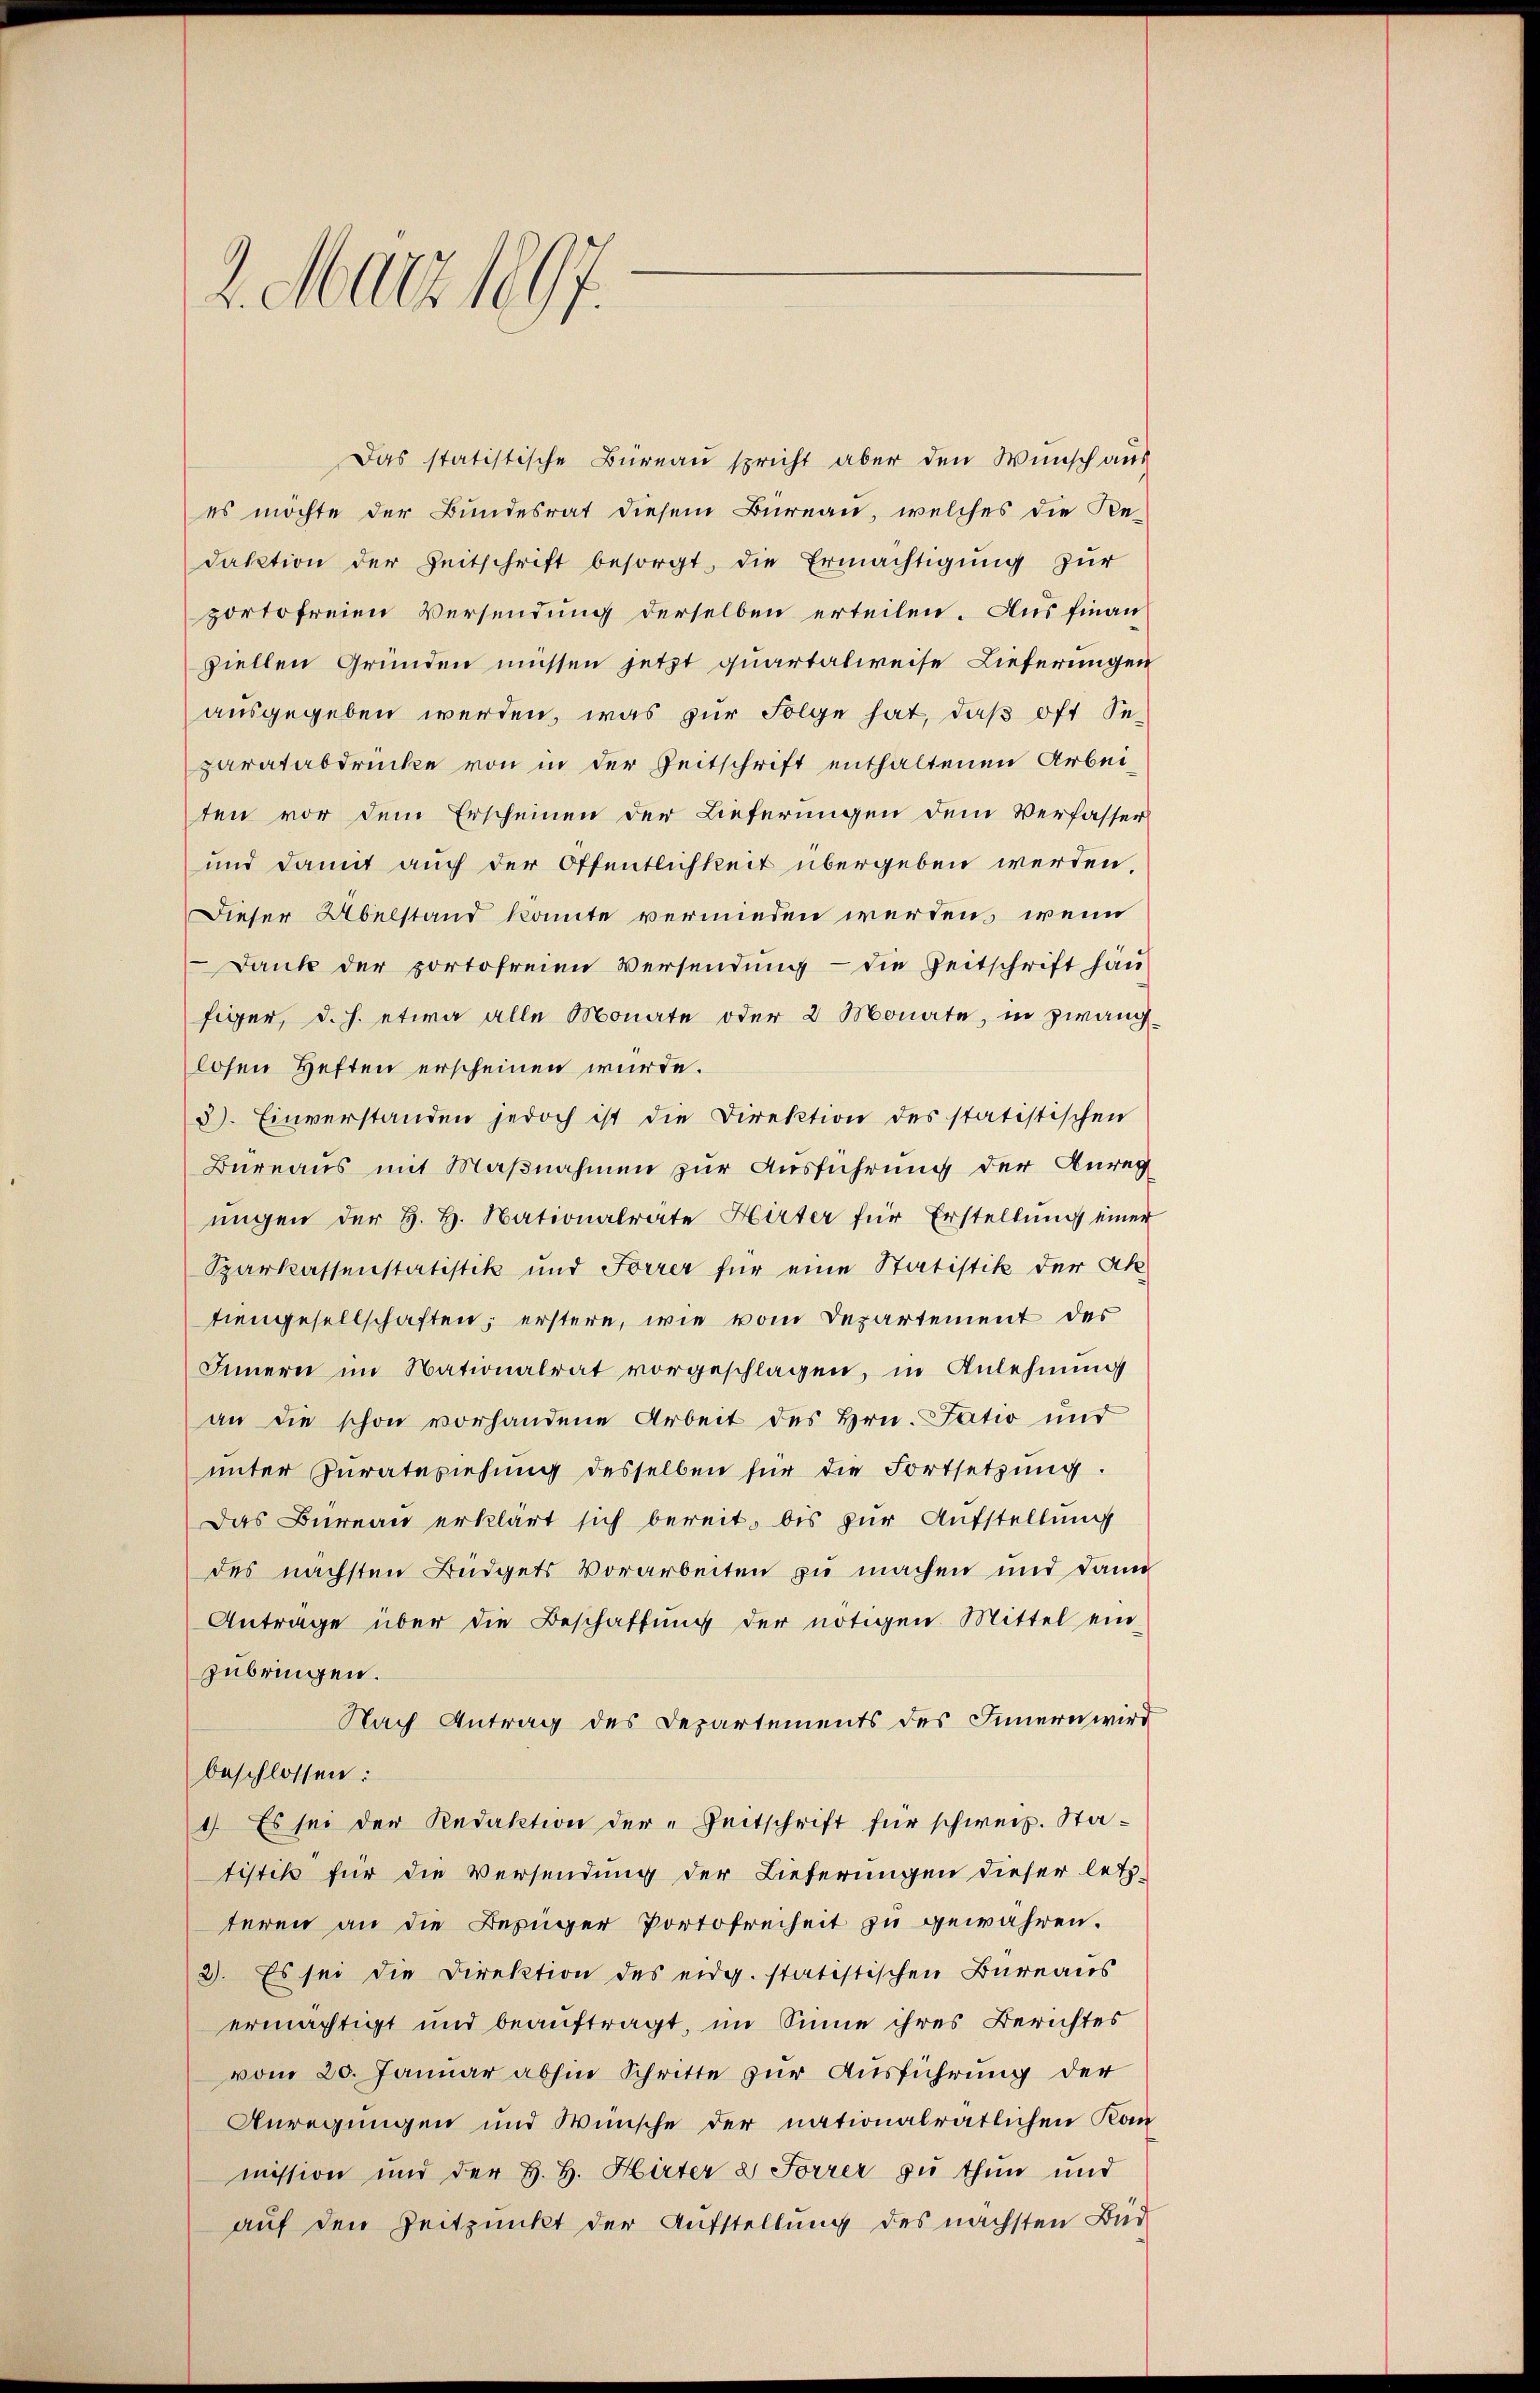
2. März 1897.

Das statistische Büreau spricht aber den Wunsch aus
es möchte der Bundesrat diesem Bureau, welches die Re-
daktion der Zeitschrift besorgt, die Ermächtigung zur
portofreien Versendung derselben erteilen. Aus finan
ziellen Gründen müssen jetzt quartalweise Lieferungen
ausgegeben werden, was zur Folge hat, daß oft Separatabdrücke von in der Zeitschrift enthaltenen Arbei-
ten vor dem Erscheinen der Lieferungen dem Verfasser
und damit auch der Öffentlichkeit übergeben werden,
Dieser Übelstand konnte vermieden werden, wenn
Dank der portofreien Versendung - die Zeitschrift hau
figer, d. h. etwa alle Monate oder 2 Monate, in zwang-
losen Heften erscheinen wurde.
3). Einverstanden jedoch ist die Direktion des statistischen
Bureaus mit Maßnahmen zur Ausführung der Anreg
ungen der H. H. Nationalrate Hirter für Erstellung einer
Sparkassenstatistik und Forrer für eine Statistik der Ak
tiengesellschaften; erstere, wie vom Departement des
Innern im Nationalrat vorgeschlagen, in Anlehnung
an die schon vorhandene Arbeit des Hrn. Fatio und
unter Zurateziehung desselben für die Fortsetzung.
Das Bureau erklärt sich bereit, bis zur Aufstellung
des nächsten Büdgets Vorarbeiten zu machen und dann
Antrage über die Beschaffung der nötigen Mittel ein-
zubringen.
Nach Antrag des Departements des Innern wird
beschlossen:
1) Es sei der Redaktion der „Zeitschrift für schweiz. Statistik für die Versendung der Lieferungen dieser letz-
teren an die Bezuger Portofreiheit zu gewähren.
2). Es sei die Direktion des eidg. statistischen Bureaus
ermächtigt und beauftragt, im Sinne ihres Berichtes
vom 20. Januar abhin Schritte zur Ausführung der
Anregungen und Wünsche der nationalrätlichen Kanmission und der H. H. Hirter & Forrer zu thun und
auf den Zeitpunkt der Aufstellung des nächsten Bud-